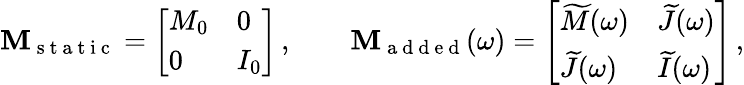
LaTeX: \mathbf{M}_{\mathrm{~s~t~a~t~i~c~}}=\left[\begin{array}{ll}{M_{0}}&{0}\\ {0}&{I_{0}}\end{array}\right]\, ,\qquad\mathbf{M}_{\mathrm{~a~d~d~e~d~}}(\omega)=\left[\begin{array}{ll}{\widetilde{M}(\omega)}&{\widetilde{J}(\omega)}\\ {\widetilde{J}(\omega)}&{\widetilde{I}(\omega)}\end{array}\right]\, ,